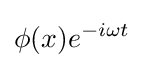
\phi (x)e^{-i\omega t}